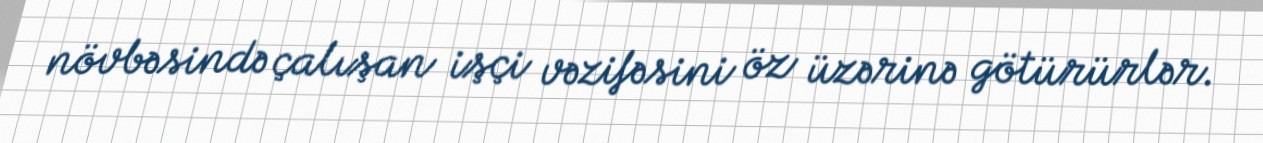
növbəsində çalışan işçi vəzifəsini öz üzərinə götürürlər.